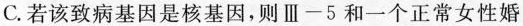
C.若该致病基因是核基因，则Ⅲ-5和一个正常女性婚